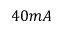
4 0 m A